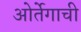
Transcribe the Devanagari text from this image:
ओर्तेगाची